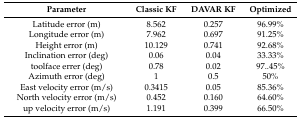
| Parameter | Classic KF | DAVAR KF | Optimized |
 | --- | --- | --- | --- |
 | Latitude error (m) | 8.562 | 0.257 | 96.99% |
 | Longitude error (m) | 7.962 | 0.697 | 91.25% |
 | Height error (m) | 10.129 | 0.741 | 92.68% |
 | Inclination error (deg) | 0.06 | 0.04 | 33.33% |
 | toolface errer (deg) | 0.78 | 0.02 | 97..45% |
 | Azimuth error (deg) | 1 | 0.5 | 50% |
 | East velocity error (m/s) | 0.3415 | 0.05 | 85.36% |
 | North velocity error (m/s) | 0.452 | 0.160 | 64.60% |
 | up velocity error (m/s) | 1.191 | 0.399 | 66.50% |